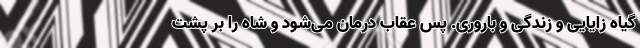
گیاه زایایی و زندگی و باروری. پس عقاب درمان می‌شود و شاه را بر پشت